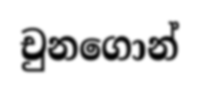
චුනගොන්